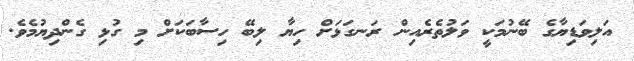
އަލިވަޑިޔާގެ ބޭނުމަކީ ވަލުތެރެއިން ރަނގަޅަށް ހިޔާ ލިބޭ ހިސާބަކަށް މި ގުޅި ގެންދިޔުމެވެ.